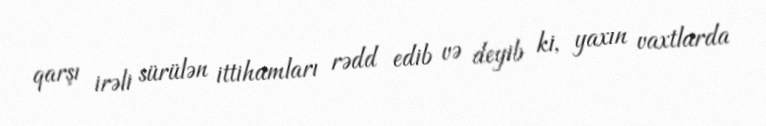
qarşı irəli sürülən ittihamları rədd edib və deyib ki, yaxın vaxtlarda